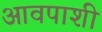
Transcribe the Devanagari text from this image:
आवपाशी